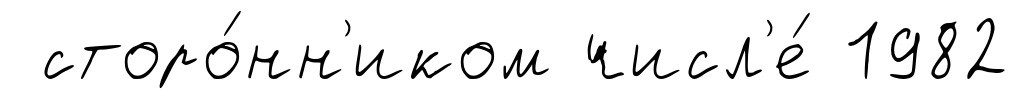
сторо́нн'иком числ'е́ 1982